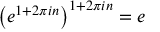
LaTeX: \left( e ^ { 1 + 2 \pi i n } \right) ^ { 1 + 2 \pi i n } = e \qquad